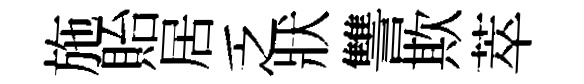
施貽居乏狀讐欺萃